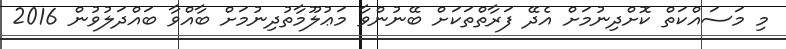
މި މަސައްކަތް ކޮށްދިނުމަށް އެދޭ ފަރާތްތަކަށް ބޭނުންވާ މަޢުލޫމާތުދިނުމަށް ބާއްވާ ބައްދަލުވުން 2016